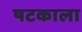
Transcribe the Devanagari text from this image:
षटकाला